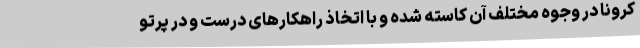
کرونا در وجوه مختلف آن کاسته شده و با اتخاذ راهکارهای درست و در پرتو